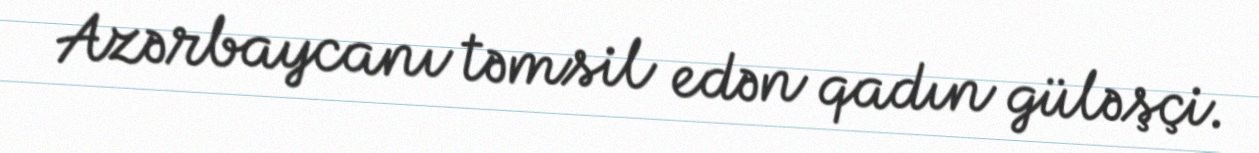
Azərbaycanı təmsil edən qadın güləşçi.